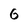
Character: 6